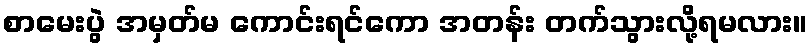
စာမေးပွဲ အမှတ်မ ကောင်းရင်ကော အတန်း တက်သွားလို့ရမလား။